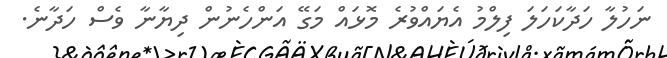
ނަހުލާ ހަދާކަހަލަ ފިލްމު އެޔައްވުރެ މޮޅައް މަގޭ އަންހެނުން ދިޔާނާ ވެސް ހަދާނެ.